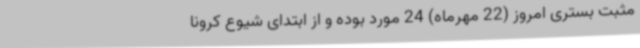
مثبت بستری امروز (22 مهرماه) 24 مورد بوده و از ابتدای شیوع کرونا